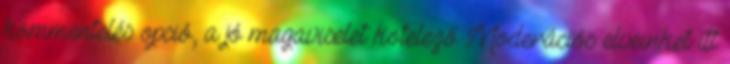
kommentelés opció, a jó magaviselet kötelező Moderációs elveinket itt